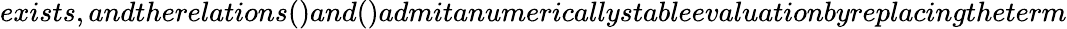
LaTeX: exists,andtherelations()and()admitanumericallystableevaluationbyreplacingtheterm